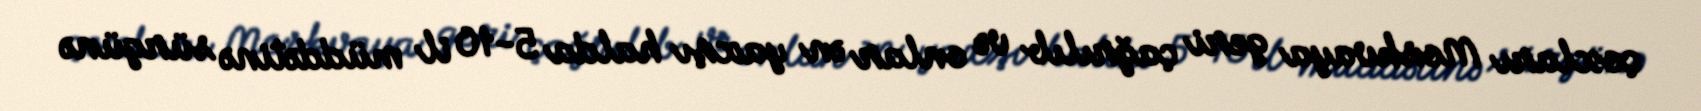
çoxları Moskvaya geri çağrılıb və onlar ən yaxşı halda 5-10 il müddətinə sürgünə